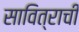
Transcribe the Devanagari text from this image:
सावित्राची